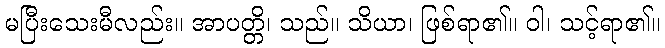
မပြီးသေးမီလည်း။ အာပတ္တိ၊ သည်။ သိယာ၊ ဖြစ်ရာ၏။ ဝါ၊ သင့်ရာ၏။